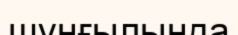
шұңғылында